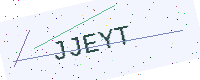
Text: JJEYT